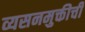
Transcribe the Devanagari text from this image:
व्यसनमुक्तीची